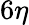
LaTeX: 6\eta